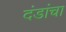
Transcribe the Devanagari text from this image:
दंडांचा